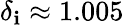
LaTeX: \delta_{\mathbf{i}}\approx1.005